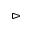
\vartriangleright